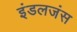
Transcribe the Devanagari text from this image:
इंडलजंस